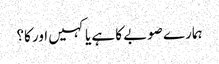
ہمارے صوبے کا ہے یا کہیں اور کا؟